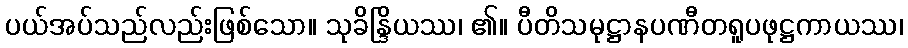
ပယ်အပ်သည်လည်းဖြစ်သော။ သုခိန္ဒြိယဿ၊ ၏။ ပီတိသမုဋ္ဌာနပဏီတရူပဖုဋ္ဌကာယဿ၊